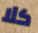
كلا